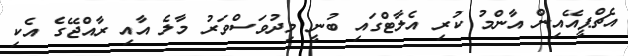
އެޗްޕީއޭއިން އާންމު ކުރި އެލާޓްގައި ބުނީ މިދުވަސްވަރު މާލެ އާއި ރާއްޖޭގެ އެކި